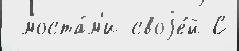
 моста́м'и своjе́й С